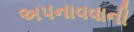
અપનાવવાની